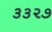
૩૩૨૭